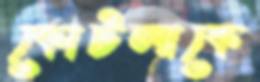
কোটলাকে